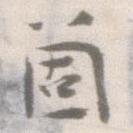
箇